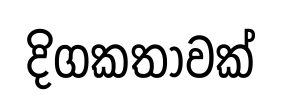
දිගකතාවක්